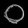
Digit: ၀